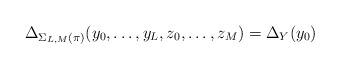
LaTeX: \begin{align*}\Delta_{\Sigma_{L,M}(\pi)}(y_0, \ldots, y_L, z_0, \ldots, z_M) = \Delta_Y(y_0)\end{align*}